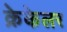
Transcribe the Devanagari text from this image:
क्रेकेलर